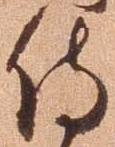
侍